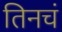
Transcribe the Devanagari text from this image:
तिनचं